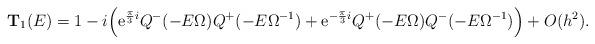
LaTeX: \begin{align*}\mathbf{T}_1(E) = 1-i\Bigl( {\rm e}^{\frac{\pi}{3}i} Q^{-}(-E\Omega) Q^{+}(-E \Omega^{-1})+ {\rm e}^{-\frac{\pi}{3}i} Q^{+}(-E\Omega) Q^{-}(-E\Omega^{-1} )\Bigr)+O(h^2).\end{align*}